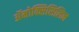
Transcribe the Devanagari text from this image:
ॲमोक्सिसिलिन